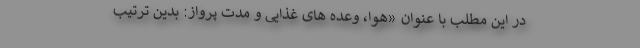
در این مطلب با عنوان «هوا، وعده های غذایی و مدت پرواز: بدین ترتیب